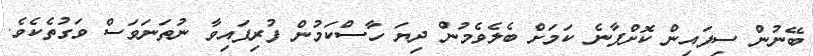
ބޭނުން ސިފައިން ކޮށްފާނެ ކަމަށް ބެލެވެމުން ދިޔަ ހާސްކަމުން ފުރިފައިވާ ނުތަނަވަސް ވަގުތެކެވެ.